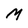
Character: M